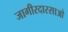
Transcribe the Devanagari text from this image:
जागीरदारसाओ